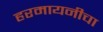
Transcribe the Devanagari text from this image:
हरमायनीचा